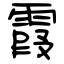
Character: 霞